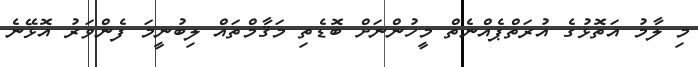
މި ލާމު އަތޮޅުގެ އުރަތްޕެއްނެތް މީހުންނަށް ބޮޑެތި މަޤާމްތައް ލިބުނީމަ ފެންވަރު އޮޅޭނެ